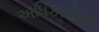
અધિકારોના